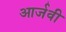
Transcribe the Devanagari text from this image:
आर्जवी